Indian journal of veterinary science and animal husbandry - Volumes 15-17, 1948-1951
Year: 1948
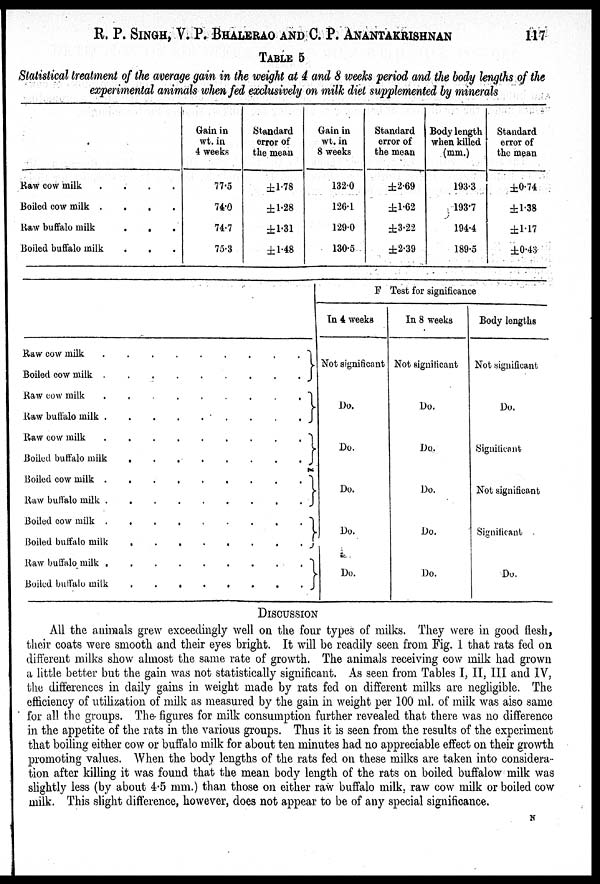
R. P. SINGH, V. P. BHALERAV AND C. P.
ANANTAKRISHNAN
117
TABLE 5
Statistical treatment of the average gain in the weight at 4 and 8 weeks period and the body lengths of the
experimental animals when fed exclusively on milk diet supplemented by minerals
Raw cow milk
.
.
.
Boiled cow milk .
.
.
Raw buffalo milk
.
.
.
Boiled buffalo milk . . .
Gain in
wt. in
4 weeks
77.5
74.0
74.7
75.3
Standard
error of
the mean
±1.78
±1.28
±1.31
±1.48
Gain in
wt. in
8 weeks
132.0
126.1
129.0
130.5
Standard
error of
the mean
±2.69
±1.62
±3.22
±2.39
Body length
when killed
(mm.)
193.3
193.7
194.4
189.5
Standard
error of
the mean
±0.74
±1.38
±1.17
±0.43
Raw cow milk
Boiled cow milk
Raw cow milk
Raw buffalo milk
Raw cow milk
Boiled buffalo milk
Boiled cow milk
Raw buffalo milk
Boiled cow milk .
.
.
.
.
.
.
Boiled buffalo milk
Raw buffalo milk
Boiled buffalo milk
F Test for significance
In 4 weeks
Not significant
Do.
Do.
Do.
Do.
Do.
In 8 weeks
Not significant
Do.
Do.
Do.
Do.
Do.
Body lengths
Not significant
Do.
Significant
Not significant
Significant
Do.
DISCUSSION
All the animals grew exceedingly well on the four types of milks. They were in good flesh,
their coats were smooth and their eyes bright. It will be readily seen from Fig. 1 that rats fed on
different milks show almost the same rate of growth. The animals receiving cow milk had grown
a little better but the gain was not statistically significant. As seen from Tables I, II, III and IV,
the differences in daily gains in weight made by rats fed on different milks are negligible. The
efficiency of utilization of milk as measured by the gain in weight per 100 ml. of milk was also same
for all the groups. The figures for milk consumption further revealed that there was no difference
in the appetite of the rats in the various groups. Thus it is seen from the results of the experiment
that boiling either cow or buffalo milk for about ten minutes had no appreciable effect on their growth
promoting values. When the body lengths of the rats fed on these milks are taken into considera-
tion after killing it was found that the mean body length of the rats on boiled buffalow milk was
slightly less (by about 4.5 mm.) than those on either raw buffalo milk, raw cow milk or boiled cow
milk. This slight difference, however, does not appear to be of any special significance.
N